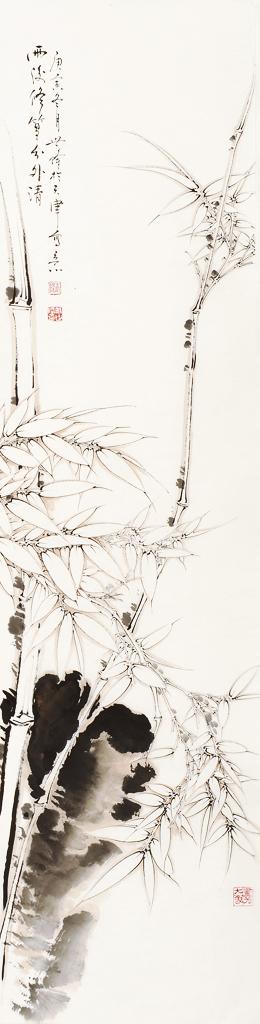
君子务修其内而让之于外。